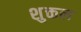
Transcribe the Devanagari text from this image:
शुक्तल